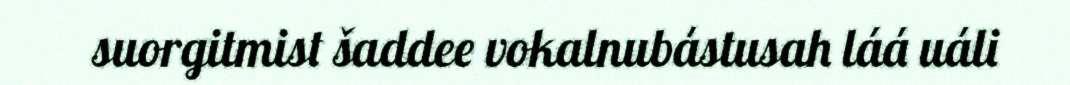
suorgitmist šaddee vokalnubástusah láá uáli